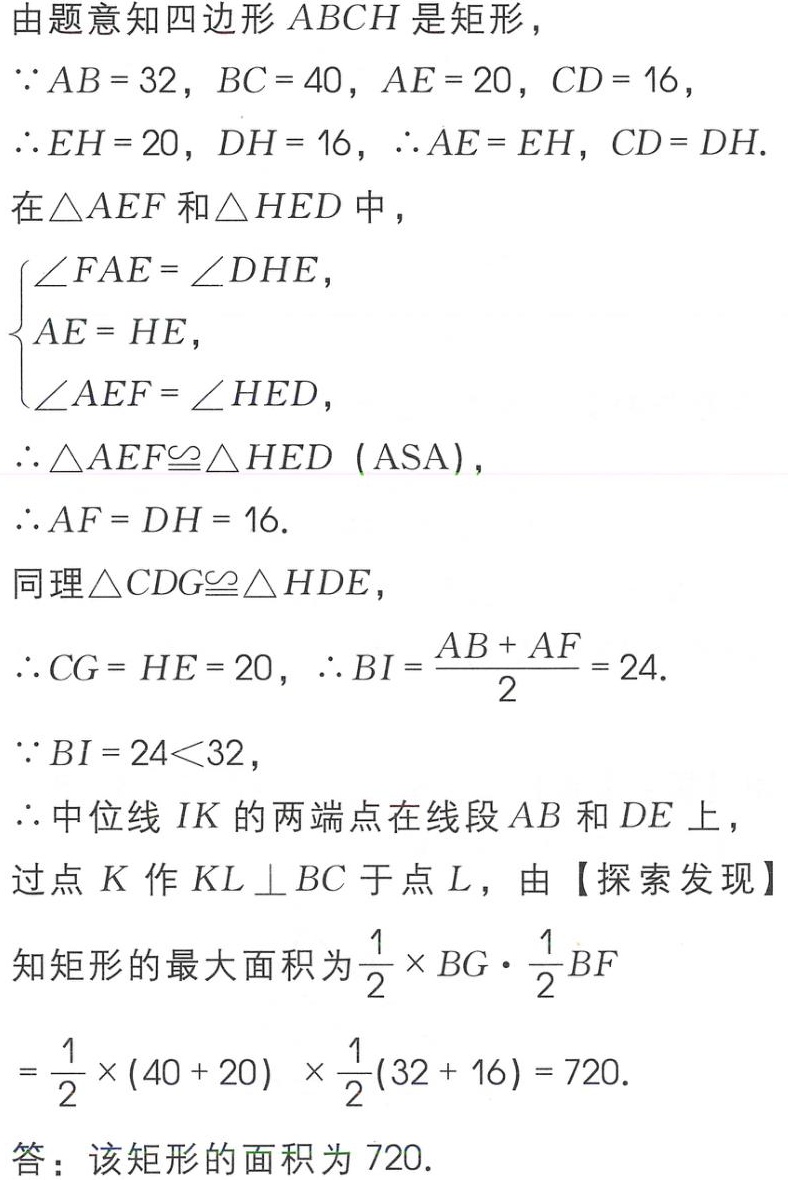
由题意知四边形\(ABCH\)是矩形，
\(\because AB = 32\)，\(BC = 40\)，\(AE = 20\)，\(CD = 16\)，
\(\therefore EH = 20\)，\(DH = 16\)，\(\therefore AE = EH\)，\(CD = DH\).
在\(\triangle AEF\)和\(\triangle HED\)中，
\(\begin{cases}
\angle FAE = \angle DHE,\\
AE = HE,\\
\angle AEF = \angle HED,
\end{cases}\)
\(\therefore \triangle AEF\cong\triangle HED\ (\text{ASA})\)，
\(\therefore AF = DH = 16\).
同理\(\triangle CDG\cong\triangle HDE\)，
\(\therefore CG = HE = 20\)，\(\therefore BI = \dfrac{AB + AF}{2} = 24\).
\(\because BI = 24<32\)，
\(\therefore\)中位线\(IK\)的两端点在线段\(AB\)和\(DE\)上，
过点\(K\)作\(KL \perp BC\)于点\(L\)，由【探索发现】
知矩形的最大面积为\(\dfrac{1}{2} \times BG\cdot \dfrac{1}{2}BF\)
\(= \dfrac{1}{2} \times (40 + 20) \times \dfrac{1}{2}(32 + 16) = 720\).
答：该矩形的面积为\(720\).